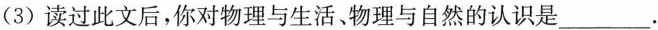
(3)读过此文后，你对物理与生活、物理与自然的认识是___